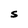
Character: S